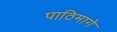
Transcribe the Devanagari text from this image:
पाठिमागे